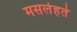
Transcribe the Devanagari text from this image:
मसलेहते